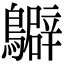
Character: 𪇊